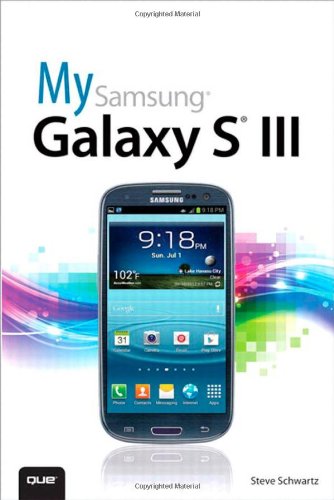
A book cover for My Samsung Galaxy S III; Steve Schwartz; Computers & Technology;